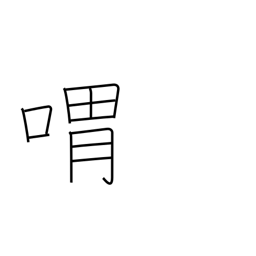
Meaning: moan